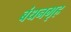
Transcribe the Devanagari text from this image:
बंधनगृह